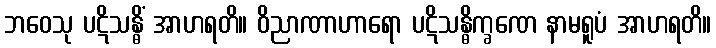
ဘဝေသု ပဋိသန္ဓိံ အာဟရတိ။ ဝိညာဏာဟာရော ပဋိသန္ဓိက္ခဏေ နာမရူပံ အာဟရတိ။